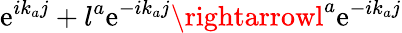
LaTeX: \mathrm{e}^{ik_{a}j}+l^{a}\mathrm{e}^{-ik_{a}j}\rightarrowl^{a}\mathrm{e}^{-ik_{a}j}